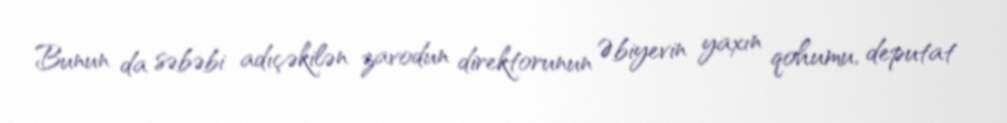
Bunun da səbəbi adıçəkilən zavodun direktorunun Əbiyevin yaxın qohumu, deputat